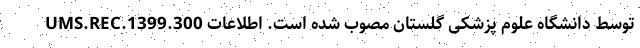
UMS.REC.1399.300 توسط دانشگاه علوم پزشکی گلستان مصوب شده است. اطلاعات